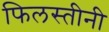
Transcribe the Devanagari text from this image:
फिलस्तीनी